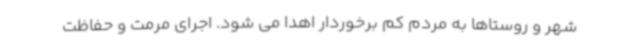
شهر و روستاها به مردم کم برخوردار اهدا می شود. اجرای مرمت و حفاظت